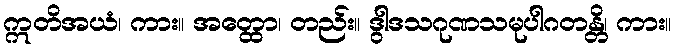
ဣတိအယံ၊ ကား။ အတ္ထော၊ တည်း။ ဒွါဒသဂုဏသမုပါဂတန္တိ၊ ကား။